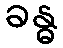
ခန္ဓ